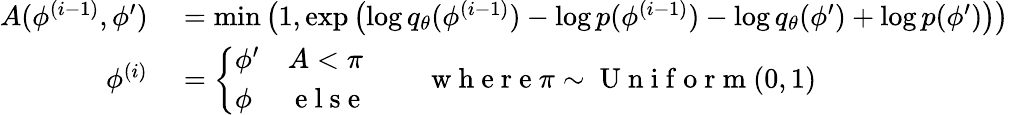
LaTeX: \begin{array}{rl}{A(\phi^{(i-1)},\phi^{\prime})}&{{}=\operatorname*{min}\left(1,\exp\left(\log q_{\theta}(\phi^{(i-1)})-\log p(\phi^{(i-1)})-\log q_{\theta}(\phi^{\prime})+\log p(\phi^{\prime})\right)\right)}\\ {\phi^{(i)}}&{{}=\left\{ \begin{array}{ll}{\phi^{\prime}}&{A<\pi}\\ {\phi}&{\mathrm{~e~l~s~e~}}\end{array}\right.\qquad\mathrm{~w~h~e~r~e~}\pi\sim\mathrm{~U~n~i~f~o~r~m~}(0,1)}\end{array}